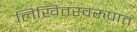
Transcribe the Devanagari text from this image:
लिखितस्वरुपात